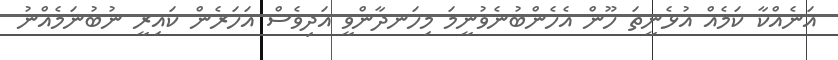
އަނެއްކާ ކަމެއް އުޅެނީތަ ހޫން އެހެންބުނެވުނީމަ މިހަނދާންވީ އަދިވެސް އަހަރެން ކައިރީ ނުބުނަމެއްނު